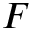
F